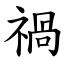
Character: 禍